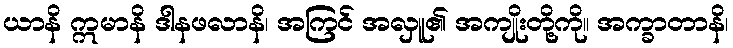
ယာနိ ဣမာနိ ဒါနဖလာနိ၊ အကြင် အလှူ၏ အကျိုးတို့ကို။ အက္ခာတာနိ၊